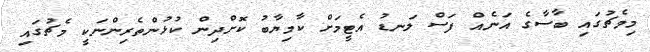
މިމެޗުގައި ބާސާގެ އަނެއް ފަސް ލަނޑު އެޓީމަށް ކާމިޔާބު ކޮށްދިން ކުޅުންތެރިންނަކީ މެޗުގައި